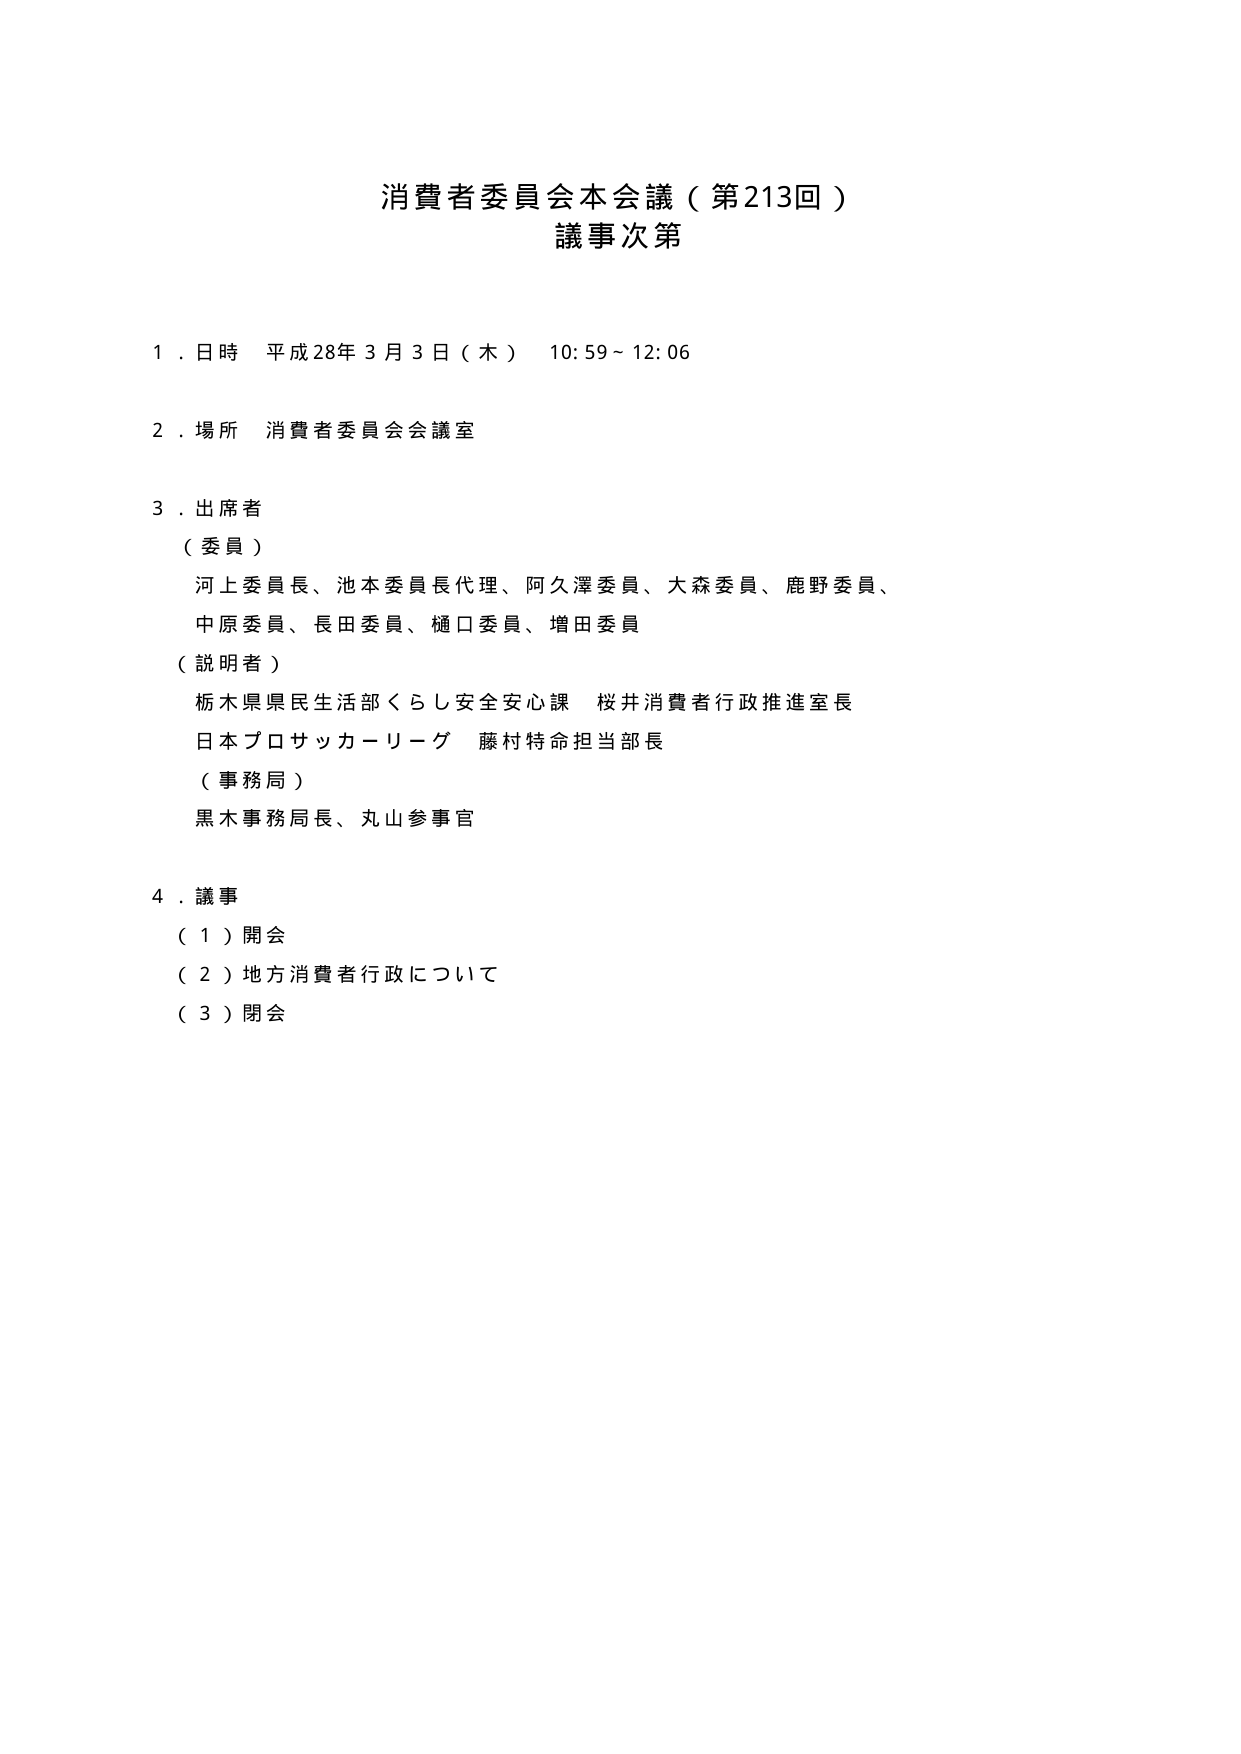
消費者委員会本会議（第213回）
議事次第

1．日時 平成28年3月3日（木） 10:59～12:06

2．場所 消費者委員会会議室

3．出席者
（委員）
河上委員長、池本委員長代理、阿久澤委員、大森委員、鹿野委員、
中原委員、長田委員、樋口委員、増田委員
（説明者）
栃木県県民生活部くらし安全安心課 桜井消費者行政推進室長
日本プロサッカーリーグ 藤村特命担当部長
（事務局）
黒木事務局長、丸山参事官

4．議事
（1）開会
（2）地方消費者行政について
（3）閉会